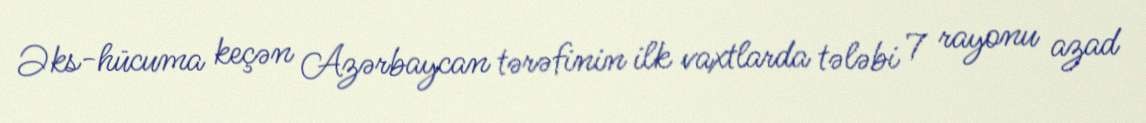
Əks-hücuma keçən Azərbaycan tərəfinin ilk vaxtlarda tələbi 7 rayonu azad